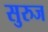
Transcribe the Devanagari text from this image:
सुरुज